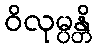
ဝိလုမ္ပန္တိ